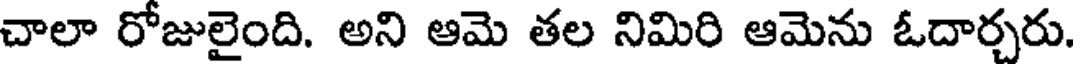
చాలా రోజులైంది. అని ఆమె తల నిమిరి ఆమెను ఓదార్చరు